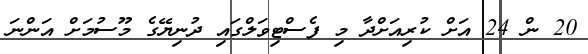
20 ން 24 އަށް ކުރިއަށްދާ މި ފެސްޓިވަލްގައި ދުނިޔޭގެ މޫސުމަށް އަންނަ